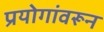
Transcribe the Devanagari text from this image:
प्रयोगांवरून